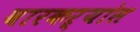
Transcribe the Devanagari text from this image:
वारकऱ्यांस